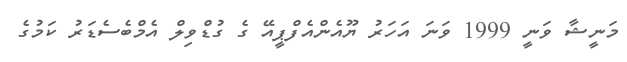
މަނީޝާ ވަނީ 1999 ވަނަ އަހަރު ޔޫއެންއެފްޕީއޭ ގެ ގުޑްވިލް އެމްބެސެޑަރު ކަމުގެ